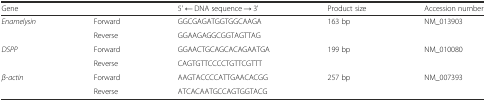
| Gene |  | 5' ← DNA sequence → 3' | Product size | Accession number |
 | --- | --- | --- | --- | --- |
 | <ROWSPAN=2> Enamelysin | Forward | GGCGAGATGGTGGCAAGA | <ROWSPAN=2> 163 bp | <ROWSPAN=2> NM_013903 |
 | Reverse | GGAAGAGGCGGTAGTTAG |
 | <ROWSPAN=2> DSPP | Forward | GGAACTGCAGCACAGAATGA | <ROWSPAN=2> 199 bp | <ROWSPAN=2> NM_010080 |
 | Reverse | CAGTGTTCCCCTGTTCGTTT |
 | <ROWSPAN=2> β-actin | Forward | AAGTACCCCATTGAACACGG | <ROWSPAN=2> 257 bp | <ROWSPAN=2> NM_007393 |
 | Reverse | ATCACAATGCCAGTGGTACG |